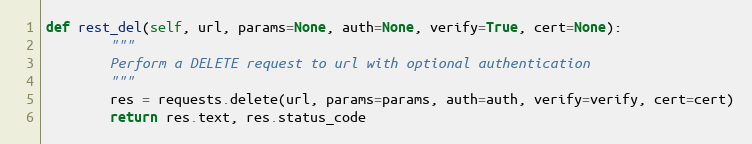
Language: Python
def rest_del(self, url, params=None, auth=None, verify=True, cert=None):
        """
        Perform a DELETE request to url with optional authentication
        """
        res = requests.delete(url, params=params, auth=auth, verify=verify, cert=cert)
        return res.text, res.status_code